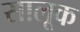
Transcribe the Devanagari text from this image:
सालूक